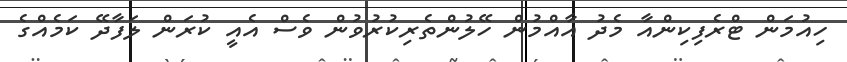
ހިއުމަން ޓްރެފިކިންއާ މެދު އާއްމުން ހޭލުންތެރިކުރުވުން ވެސް އެއީ ކުރަން ލަފާދޭ ކަމެއްގެ